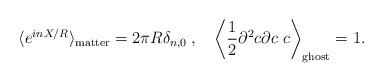
LaTeX: \begin{align*}\langle e^{inX/R}\rangle_{\mathrm{matter}}=2\pi R\delta_{n,0} \> , \quad \left\langle\frac{1}{2}\partial^2c\partial c\ c\right\rangle_{\mathrm{ghost}}=1. \end{align*}